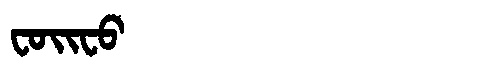
Manchu: ᠸᠣᡳᠸᠣ
Romanization: FOIFO